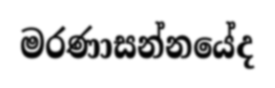
මරණාසන්නයේද